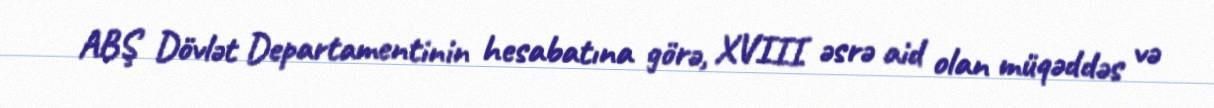
ABŞ Dövlət Departamentinin hesabatına görə, XVIII əsrə aid olan müqəddəs və